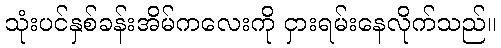
သုံးပင်နှစ်ခန်းအိမ်ကလေးကို ငှားရမ်းနေလိုက်သည်။